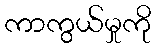
ကာကွယ်မှုကို